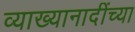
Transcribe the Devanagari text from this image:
व्याख्यानादींच्या